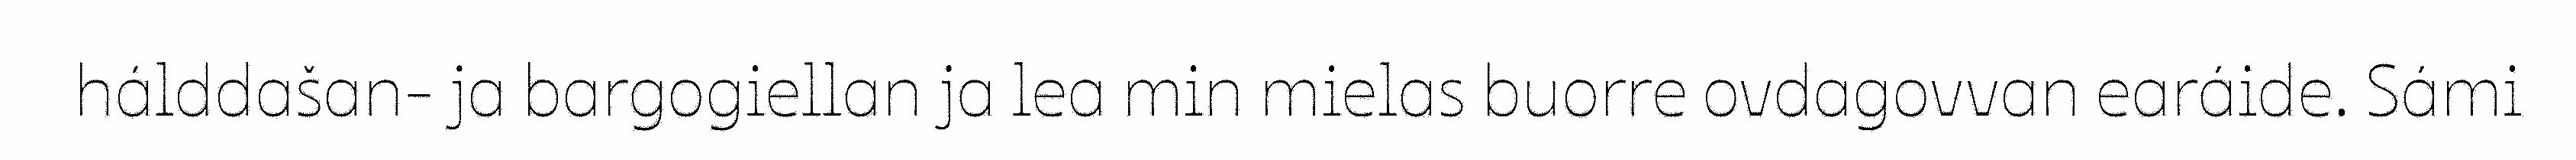
hálddašan- ja bargogiellan ja lea min mielas buorre ovdagovvan earáide. Sámi